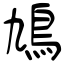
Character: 鳩